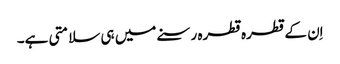
اِن کے قطرہ قطرہ رسنے میں ہی سلامتی ہے۔